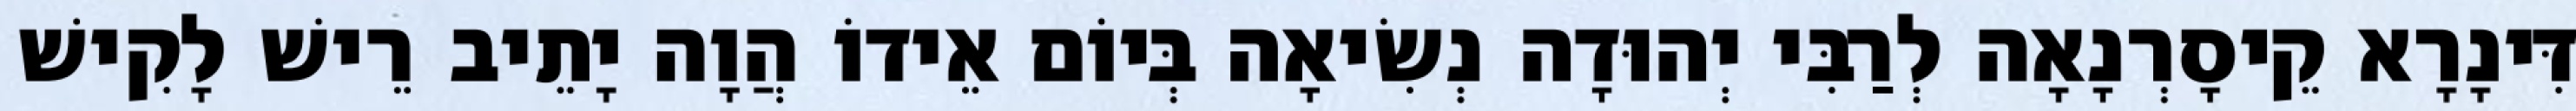
דִּינָרָא קֵיסָרְנָאָה לְרַבִּי יְהוּדָה נְשִׂיאָה בְּיוֹם אֵידוֹ הֲוָה יָתֵיב רֵישׁ לָקִישׁ